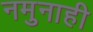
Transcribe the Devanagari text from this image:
नमुनाही